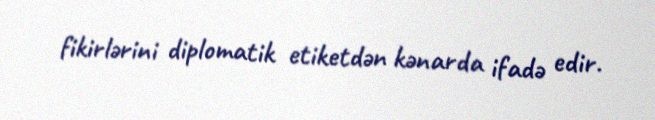
fikirlərini diplomatik etiketdən kənarda ifadə edir.